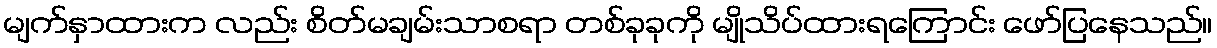
မျက်နှာထားက လည်း စိတ်မချမ်းသာစရာ တစ်ခုခုကို မျိုသိပ်ထားရကြောင်း ဖော်ပြနေသည်။